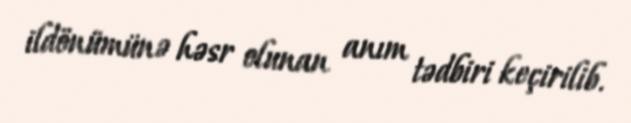
ildönümünə həsr olunan anım tədbiri keçirilib.